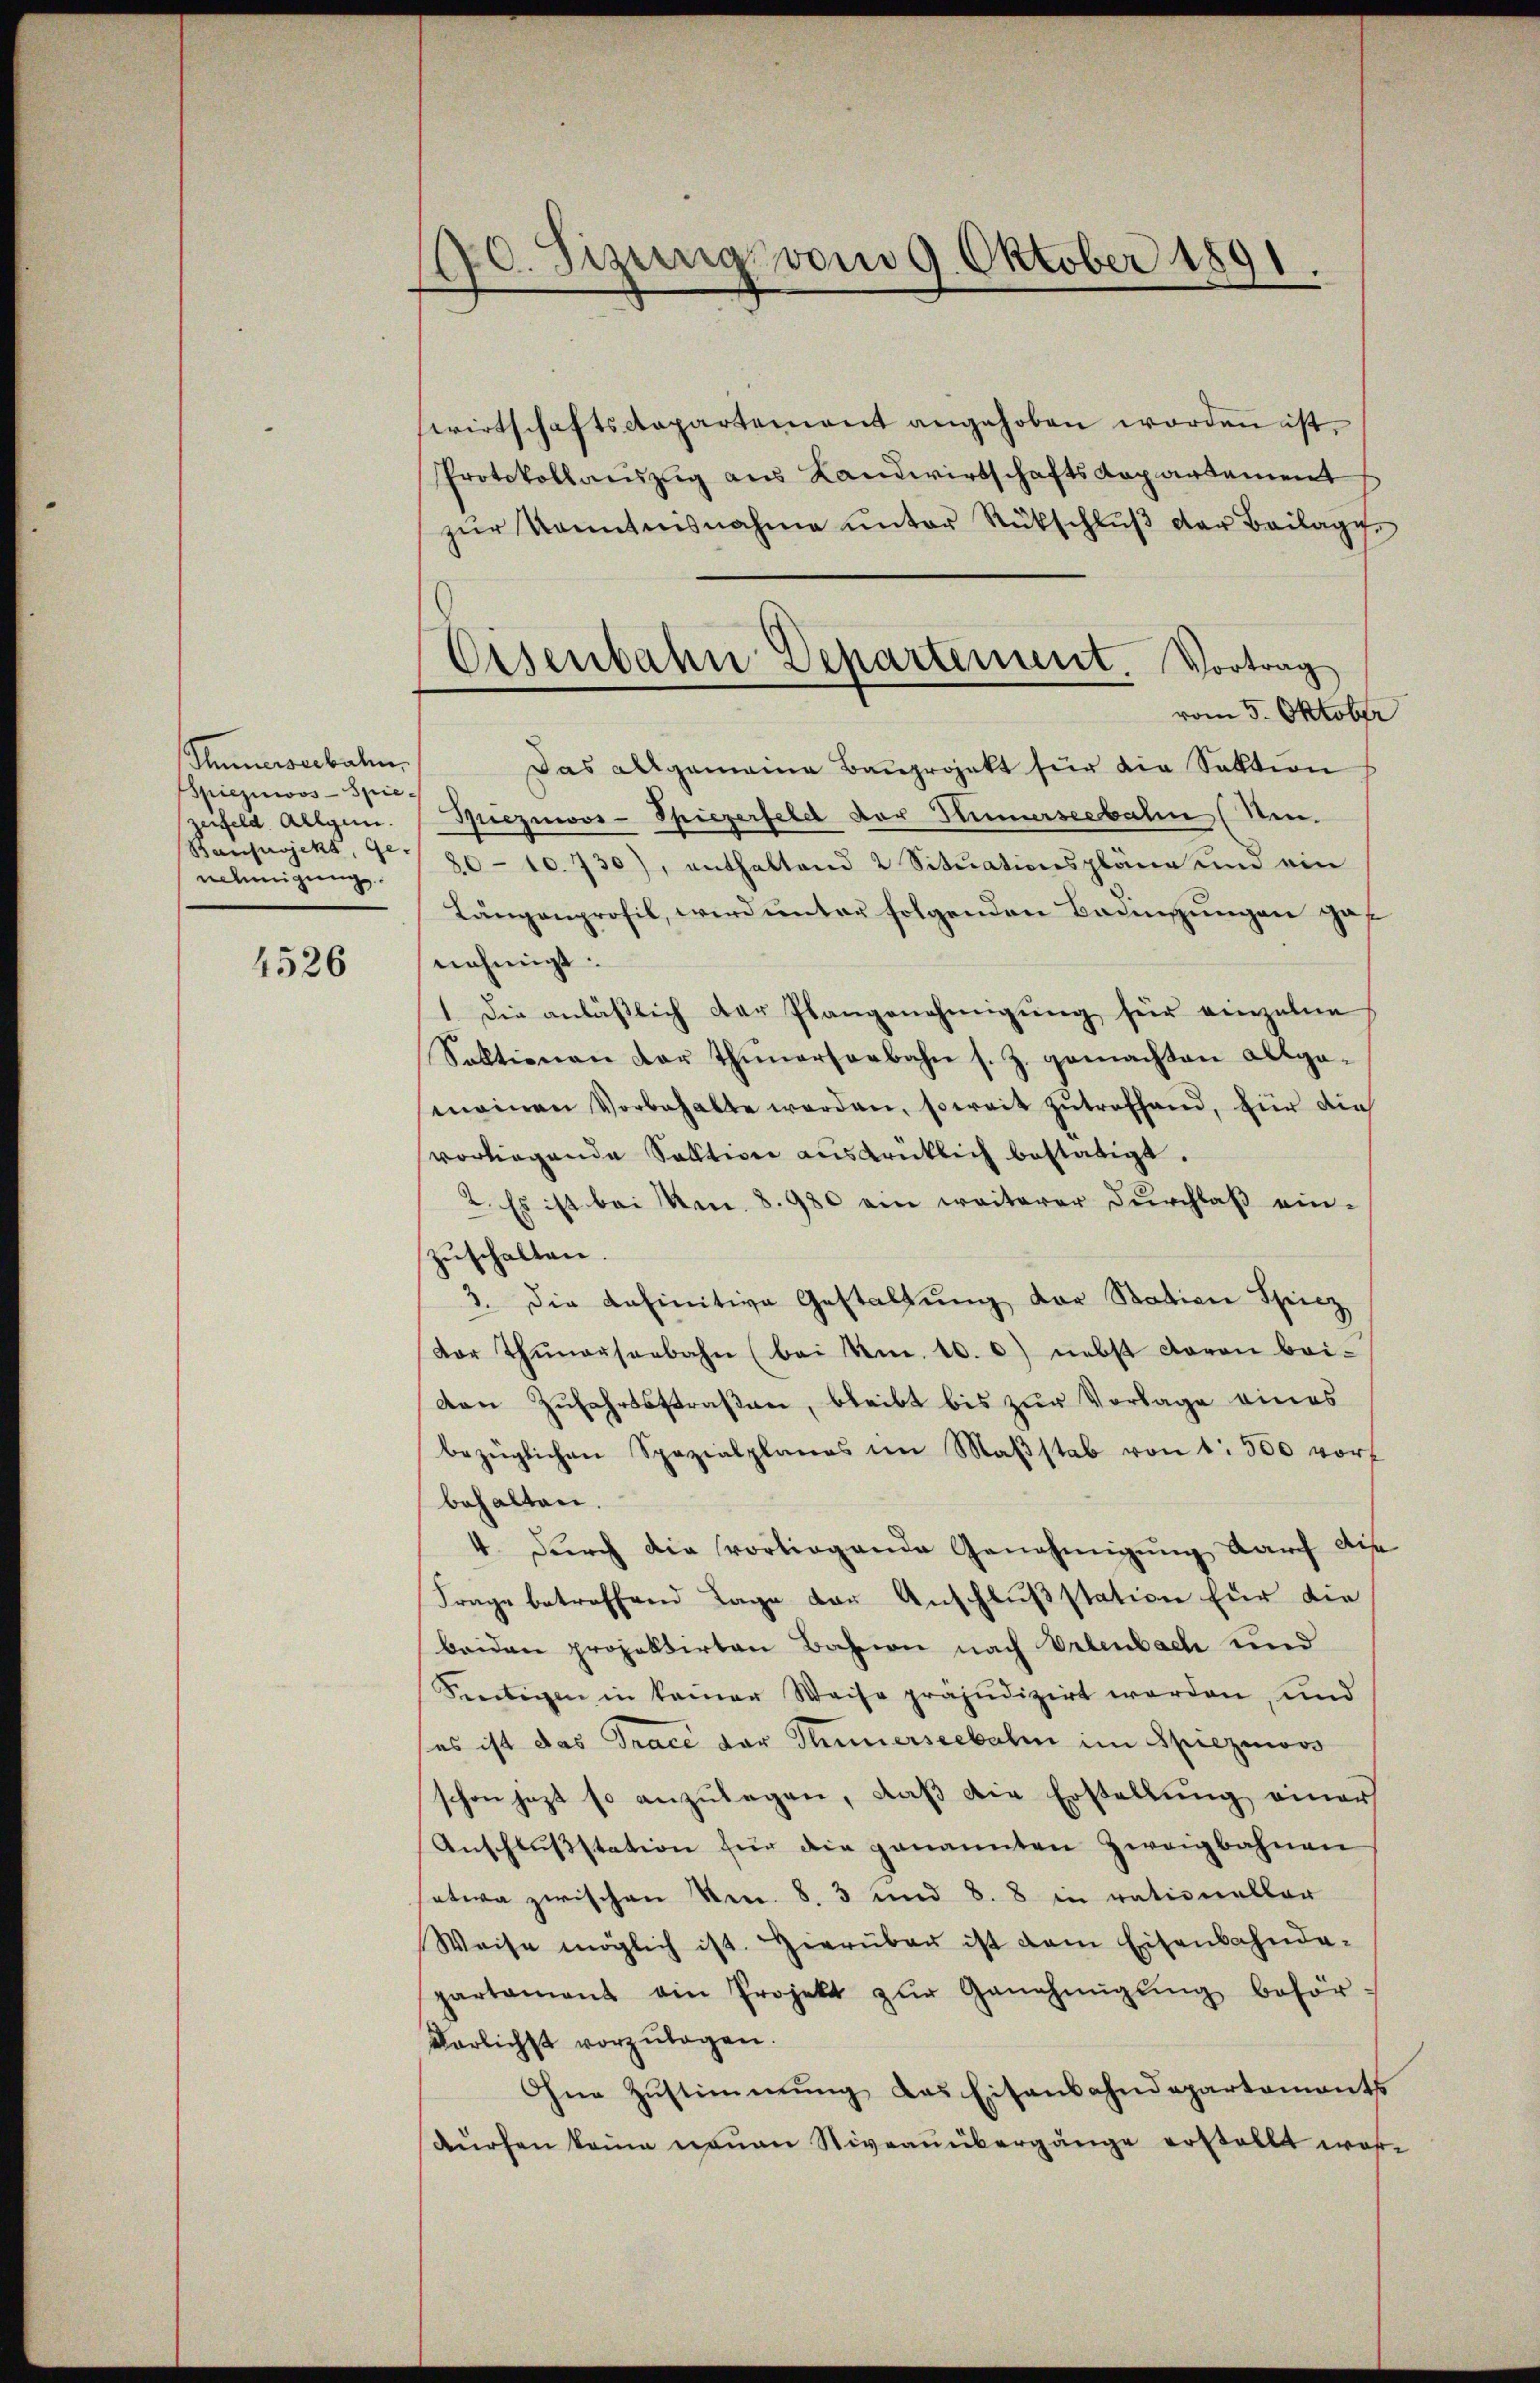
Immerseebahn
Spieziwoos-Spie,
zerfeld. Allgen.
Banprojekt, Ge-
nehmigung.

4526

10. Sizung vom 9. Oktober 1891.

swirtschaftsdepartement angehoben worden ist.
Protokollauszug aus Landwirtschafts-Kapartement
zŭr Kometensnahme ŭnter Rückschlŭβ der Beilage.
vom 5. Oktober
Das allgemeine Bauprojekt für die Sektion
Mieznovs-Spiezerfeld vor Kurseebahn (Sten.
80-10. 730), enthaltend 2 Sitŭationspläne ŭm ein
Längenprofil, wird unter folgenden Bedingungen gef
nehmigt.
1 Die anläßlich der Plangenehmigung für einzelne
Sektion an der Thunerserbahn s. Z. gemachten Allge-
meinen Vorbehalte werden, soweit zŭtreffend, für die
vorliegende Sektion ausdrüklich bestätigt.
2. Es ist bei m. 8. 980 ein weiterer Durchlaß einzuschalten.
3. Die definitive Gestaltung der Station Spiez
dor Thunerseebahn (bei Am. 10. 6) nebst davon bei-
den Zufahrtsstraßen, bleibt bis zur Vorlage eines
bezüglichen Spezialplanes im Maßstab von 1 500 vorf
behalten.
4. Durch die vorliegende Genehmigung darf die
Frage betreffend Tage der Anschlußstation für die
beiden projektirten Bahnen nach Erlenbach und
Seeitigen in keiner Weise präjudizirt worden, und
ses ist das Trace der Thunerseebalm im Spiezinovs
schon jetzt so anzŭlegen, daß die Erstellung einer
Anschlussstation für die genannten Zweigbahnen
setwa zwischen Nr. 8. 3 und 8. 8 in rationeller
Weise möglich ist. Hierüber ist dem Eisenbahnda-
partament ain Projekt zŭr Genehmigŭng behör-
Varlichst vorzŭlagen.
Ohne Zustimmung das Eisenbahndepartements
dürfen keine neuen Niveauübergänge erstellt wor¬

Eisenbahn Departement. Vortrag